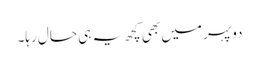
دوپہر میں بھی کچھ یہ ہی حال رہا۔